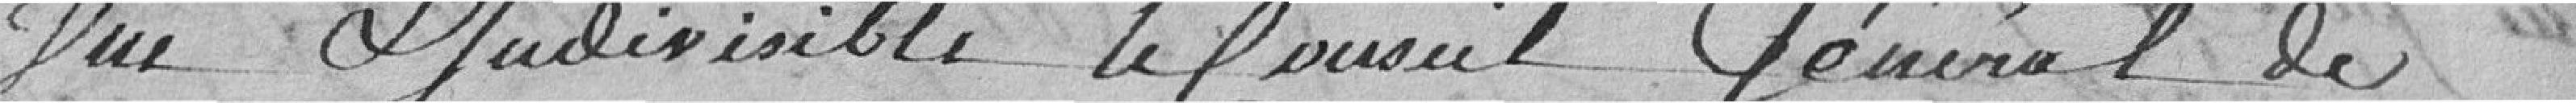
une et indivisible, le Conseil Général de